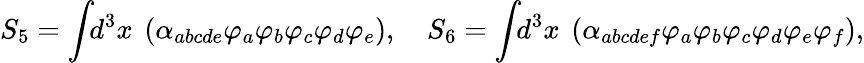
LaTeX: S_{5}=\int\! \! d^{3}x~\left(\alpha_{abcde}\varphi_{a}\varphi_{b}\varphi_{c}\varphi_{d}\varphi_{e}\right),\quad S_{6}=\int\! \! d^{3}x~\left(\alpha_{abcdef}\varphi_{a}\varphi_{b}\varphi_{c}\varphi_{d}\varphi_{e}\varphi_{f}\right),